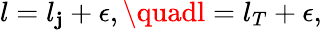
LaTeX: l=l_{\mathbf{j}}+\epsilon,\quadl=l_{T}+\epsilon,